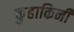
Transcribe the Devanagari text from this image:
कुहाकिनी